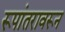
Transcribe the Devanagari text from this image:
रूपांतरावरून